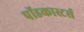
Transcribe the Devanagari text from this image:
पॉडकास्टर्स